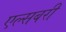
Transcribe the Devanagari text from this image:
एल्सबरी